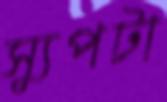
স্যুপটা